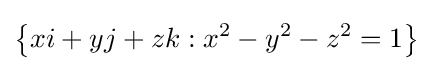
\left\{xi+yj+zk:x^{2}-y^{2}-z^{2}=1\right\}